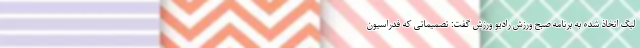
لیگ اتخاذ شده به برنامه صبح ورزش رادیو ورزش گفت: تصمیماتی که فدراسیون